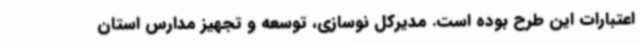
اعتبارات این طرح بوده است. مدیرکل نوسازی، توسعه و تجهیز مدارس استان